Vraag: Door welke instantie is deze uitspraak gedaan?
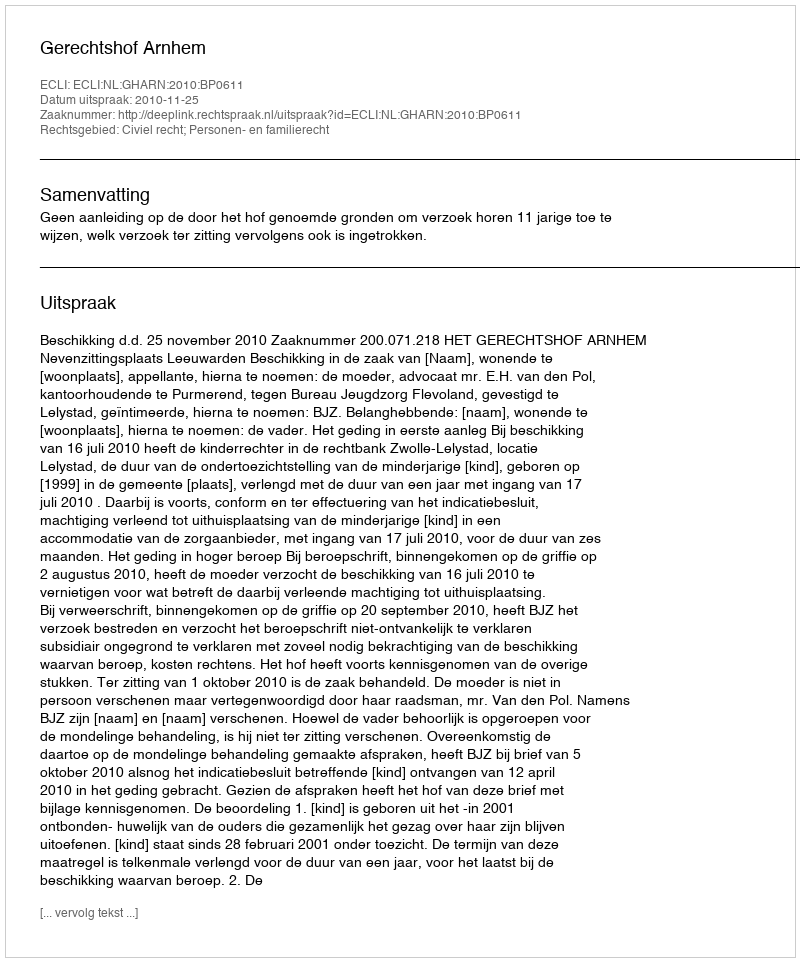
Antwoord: Gerechtshof Arnhem